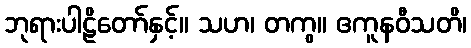
ဘုရားပါဠိတော်နှင့်။ သဟ၊ တကွ။ ဧကူနဝီသတိ၊